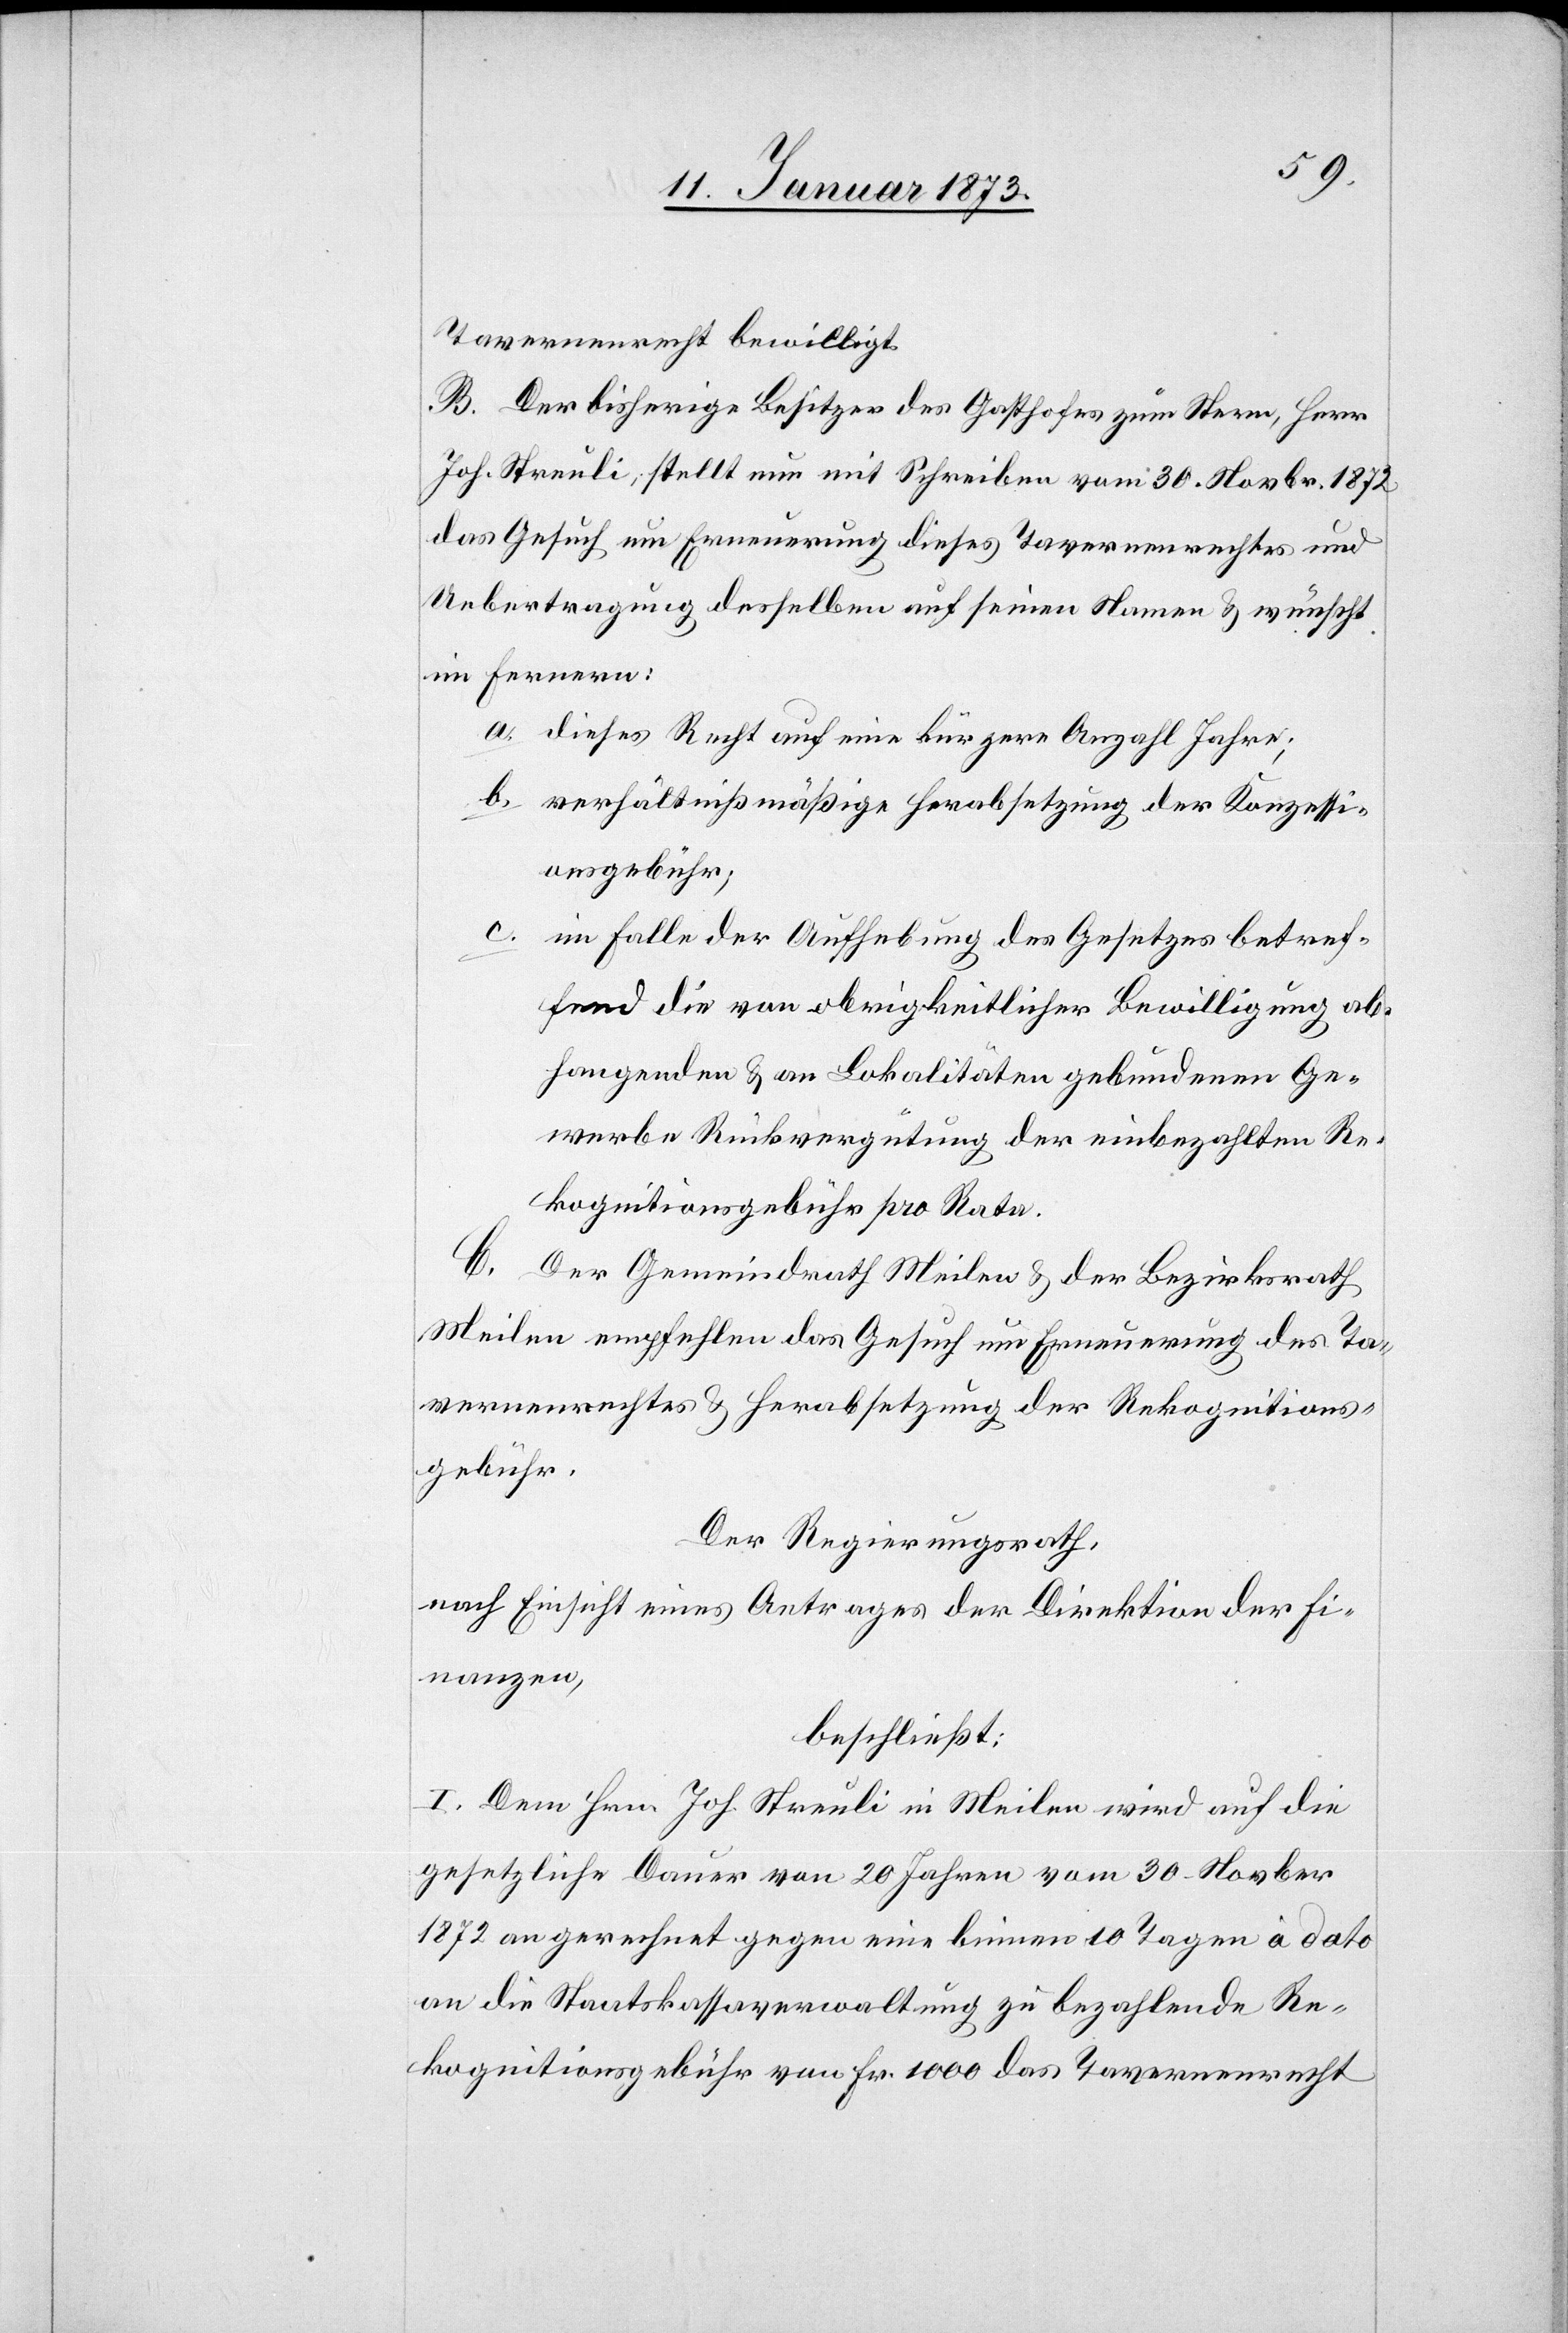
Tavernenrecht bewilligt.
B. Der bisherige Besitzer des Gasthofes zum Stern, Herr
Joh. Streuli, stellt neu mit Schreiben vom 30. Novbr. 1872
das Gesuch um Erneuerung dieses Tavernenrechtes und
Uebertragung desselben auf seinen Namen & wünscht
im Fernern:
a. dieses Recht auf eine kürzere Anzahl Jahre;
b. verhältnißmäßige Herabsetzung der Konzessi¬
onsgebühr;
c.
im Falle der Aufhebung des Gesetzes betref¬
fend die von obrigkeitlicher Bewilligung ab¬
hangenden & an Lokalitäten gebundenen Ge¬
werbe Rückvergütung der einbezahlten Re¬
kognitionsgebühr pro Rata.
C. Der Gemeindrath Meilen & der Bezirksrath
Meilen empfehlen das Gesuch um Erneuerung des Ta¬
vernenrechtes & Herabsetzung der Rekognitions¬
gebühr.
Der Regierungsrath,
nach Einsicht eines Antrages der Direktion der Fi¬
nanzen,
beschließt:
I. Dem Hrn. Joh. Streuli in Meilen wird auf die
gesetzliche Dauer von 20 Jahren vom 30. Novbr.
1872 an gerechnet gegen eine binnen 10 Tagen à dato
an die Staatskassaverwaltung zu bezahlende Re¬
kognitionsgebühr von Fr. 1000 das Tavernenrecht